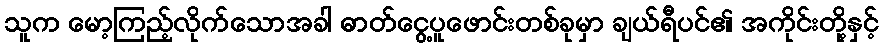
သူက မော့ကြည့်လိုက်သောအခါ ဓာတ်ငွေ့ပူဖောင်းတစ်ခုမှာ ချယ်ရီပင်၏ အကိုင်းတို့နှင့်